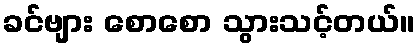
ခင်ဗျား စောစော သွားသင့်တယ်။